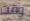
وقت